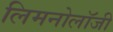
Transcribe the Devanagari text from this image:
लिमनोलॉजी